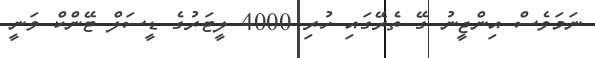
ނަމަވެސް އިންޖީނު ގޭ ތެރޭގައި ހުރި 4000 ލީޓަރުގެ ޑީސަލް ޓޭންކް ވަނީ